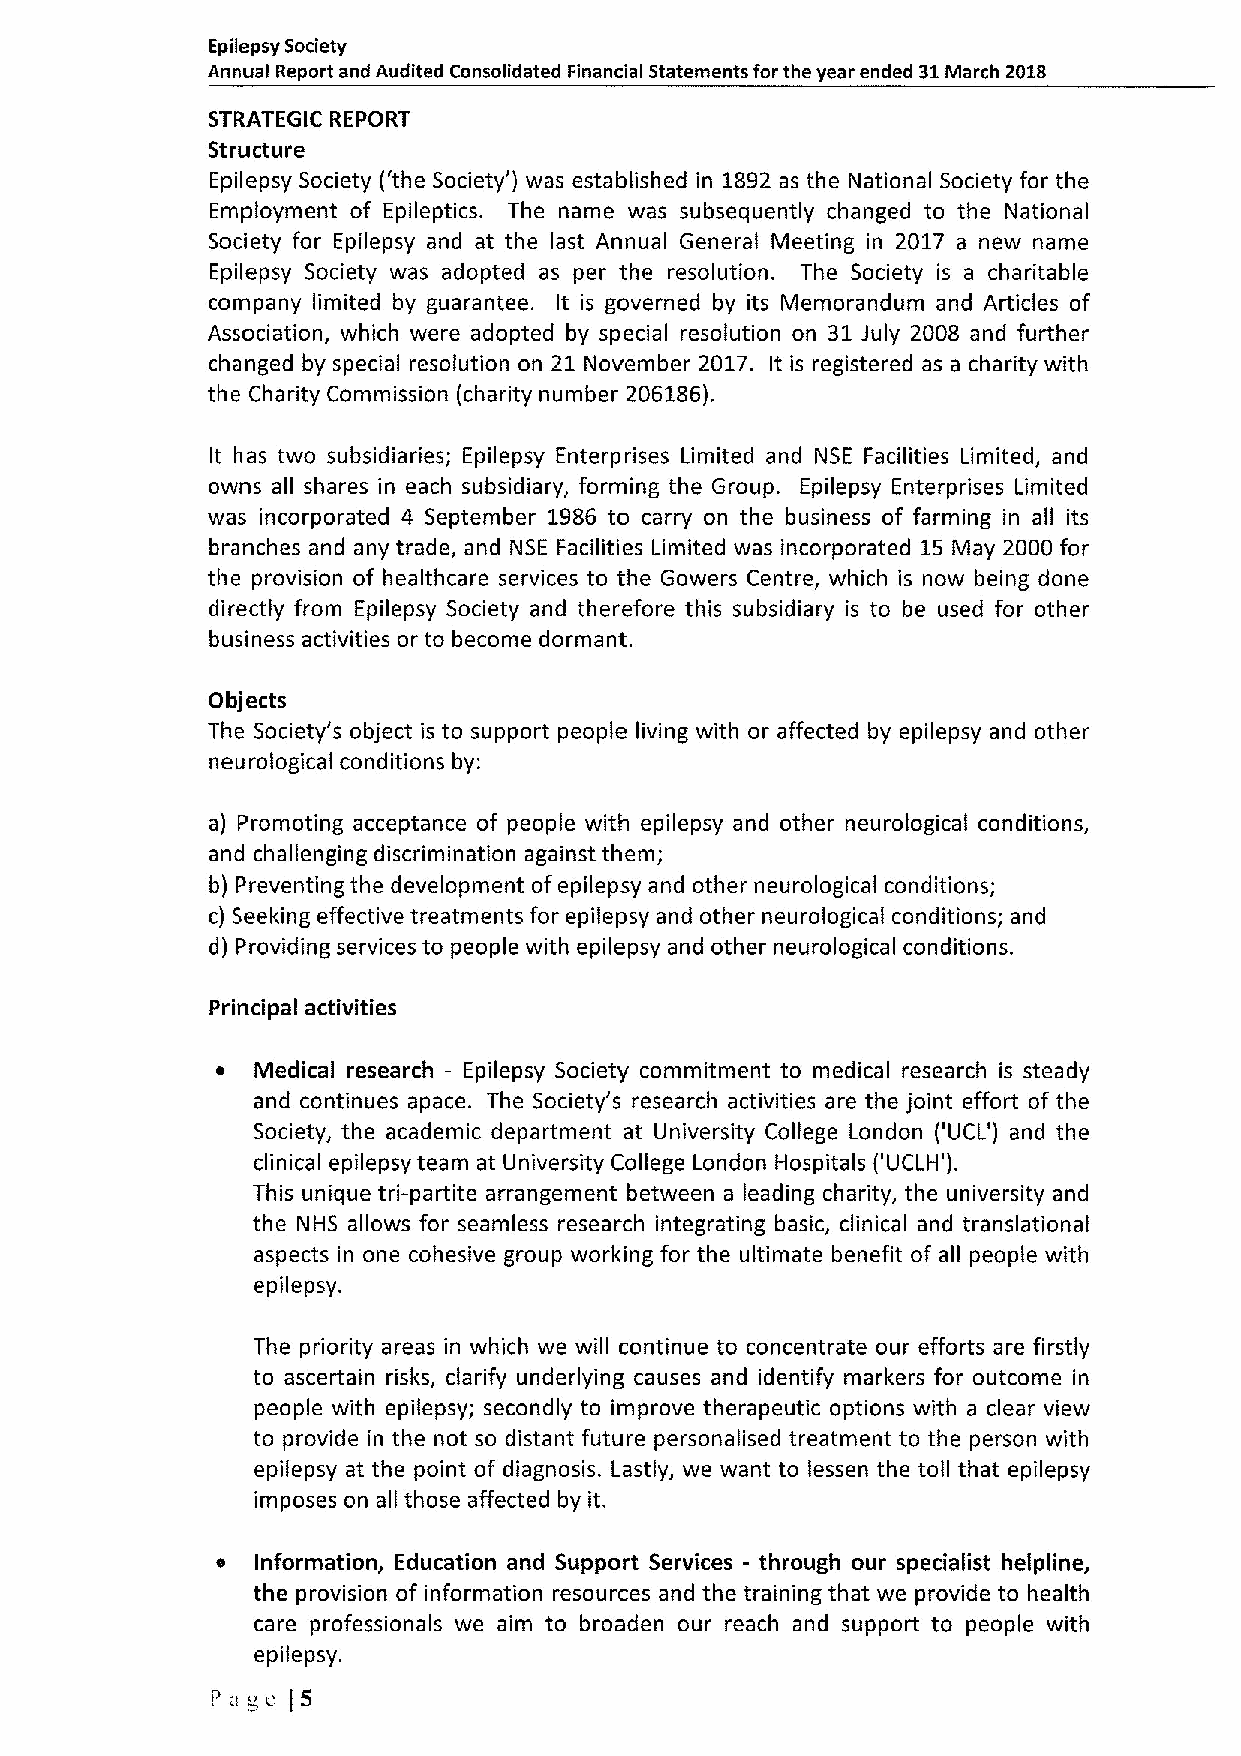
Epilepsy Society
 Annual Report and Audited Consolidated Financial Statements for the year ended 31March 2018
 STRATEGIC REPORT
 Structure
 Epilepsy Society ('the Society') was established in 1892 as the National Society for the
 Employment of Epileptics. The name was subsequently changed to the National
 Society for Epilepsy and at the last Annual General Meeting in 2017 a new name
 Epilepsy Society was adopted as per the resolution. The Society is a charitable
 company limited by guarantee. It is governed by its Memorandum and Articles of
 Association, which were adopted by special resolution on 31 July 2008 and further
 changed by special resolution on 21 November 2017. It is registered as a charity with
 the Charity Commission (charity number 206186).
 It has two subsidiaries; Epilepsy Enterprises Limited and NSE Facilities Limited, and
 owns all shares in each subsidiary, forming the Group. Epilepsy Enterprises Limited
 was incorporated 4 September 1986 to carry on the business of farming in all its
 branches and any trade, and NSE Facilities Limited was incorporated 15 May 2000 for
 the provision of healthcare services to the Gowers Centre, which is now being done
 directly from Epilepsy Society and therefore this subsidiary is to be used for other
 business activities or to become dormant.
 Objects
 The Society's object is to support people living with or affected by epilepsy and other
 neurological conditions by:
 a) Promoting acceptance of people with epilepsy and other neurological conditions,
 and challenging discrimination against them;
 b) Preventing the development ofepilepsy and other neurological conditions;
 c) Seeking effective treatments for epilepsy and other neurological conditions; and
 d) Providing services to people with epilepsy and other neurological conditions.
 Principal activities
 e  Medical research —Epilepsy Society commitment to medical research is steady
 and continues apace. The Society's research activities are the joint effort of the
 Society, the academic department at University College London ('UCL') and the
 clinical epilepsy team at University College London Hospitals ('UCLH').
 This unique tri-partite arrangement between a leading charity, the university and
 the NHS allows for seamless research integrating basic, clinical and translational
 aspects in one cohesive group working for the ultimate benefit of all people with
 epilepsy.
 The priority areas in which we will continue to concentrate our efforts are firstly
 to ascertain risks, clarify underlying causes and identify markers for outcome in
 people with epilepsy; secondly to improve therapeutic options with a clear view
 to provide in the not so distant future personalised treatment to the person with
 epilepsy at the point of diagnosis. Lastly, we want to lessen the toll that epilepsy
 imposes on all those affected by it.
 e  Information, Education and Support Services - through our specialist helpline,
 the provision of information resources and the training that we provide to health
 care professionals we aim to broaden our reach and support to people with
 epilepsy.